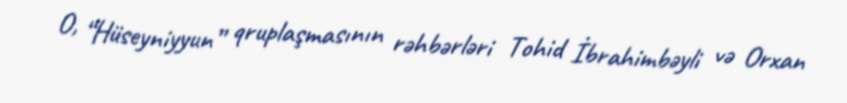
O, “Hüseyniyyun” qruplaşmasının rəhbərləri Tohid İbrahimbəyli və Orxan